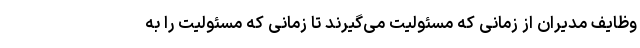
وظایف مدیران از زمانی که مسئولیت می‌گیرند تا زمانی که مسئولیت را به